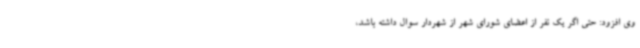
وی افزود: حتی اگر یک نفر از اعضای شورای شهر از شهردار سوال داشته باشد،